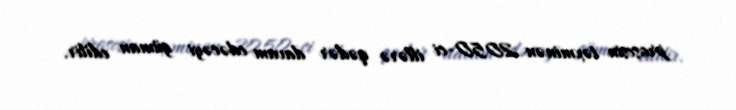
prosesin təxminən 2050-ci illərə qədər davam edəcəyi güman edilir.